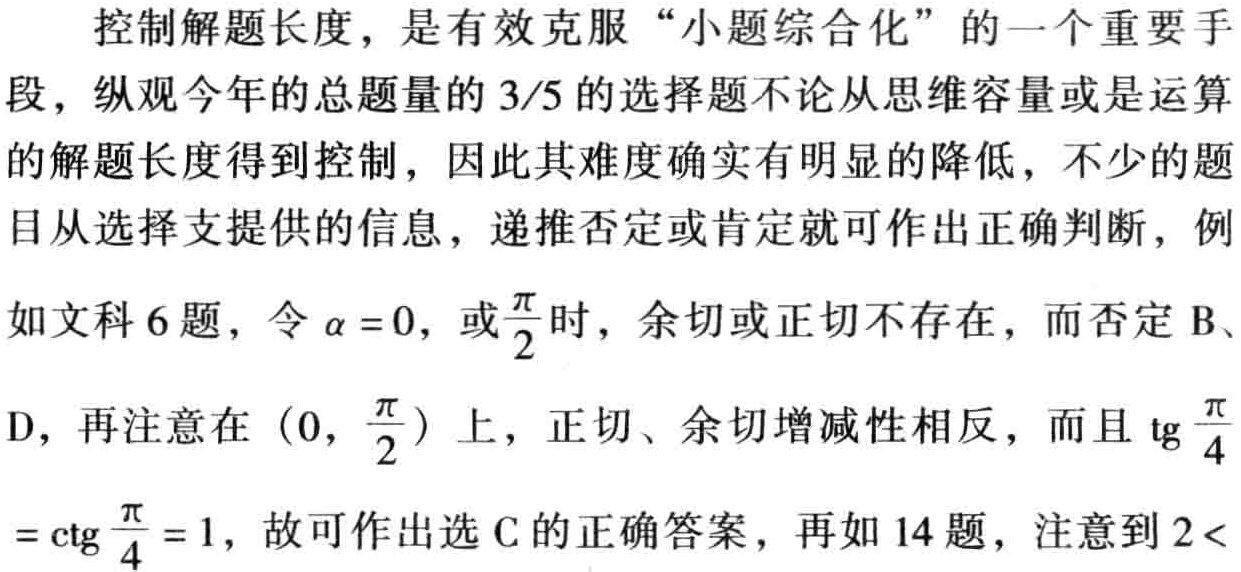
控制解题长度，是有效克服“小题综合化”的一个重要手段，纵观今年的总题量的 \(3/5\) 的选择题不论从思维容量或是运算的解题长度得到控制，因此其难度确实有明显的降低，不少的题目从选择支提供的信息，递推否定或肯定就可作出正确判断，例如文科 \(6\) 题，令 \(\alpha = 0\)，或\(\frac{\pi}{2}\)时，余切或正切不存在，而否定 \(B\)、\(D\)，再注意在 \((0, \frac{\pi}{2})\) 上，正切、余切增减性相反，而且 \(\text{tg}\frac{\pi}{4}=\text{ctg}\frac{\pi}{4}=1\)，故可作出选 \(C\) 的正确答案，再如 \(14\) 题，注意到 \(2 <\)